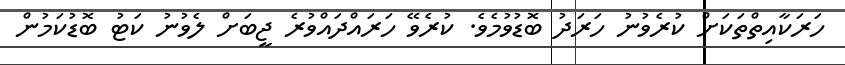
ހަރަކާއިތްތަކަށް ކުރެވުނު ހަރަދު ބޮޑުވުމެވެ. ކުރެވޭ ހަރައްދައްވުރެ ޖީބަށް ލެވުނު ކަޓު ބޮޑުކަމުން